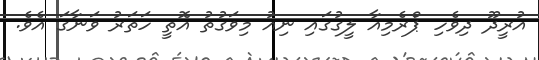
އުރީދޫ ދިވެހި ޕްރެމިއާ ލީގުގައި ނިއު މިވަގުތު އޮތީ ހަތަރު ވަނާގަ އެވެ.